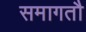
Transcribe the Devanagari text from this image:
समागतौ